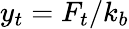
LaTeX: y_{t}=F_{t}/k_{b}